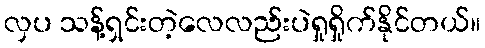
လှပ သန့်ရှင်းတဲ့လေလည်းပဲရှုရှိုက်နိုင်တယ်။